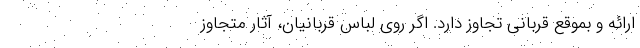
ارائه و بموقع قربانی تجاوز دارد. اگر روی لباس قربانیان، آثار متجاوز